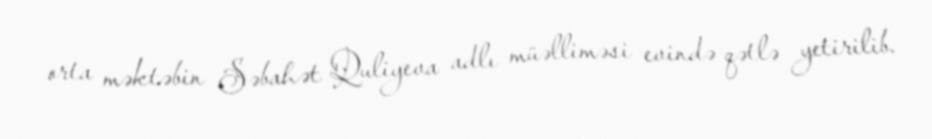
orta məktəbin Səbahət Quliyeva adlı müəlliməsi evində qətlə yetirilib.